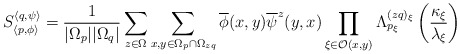
\begin{align*}S_{\left\langle p,\phi \right\rangle }^{\left\langle q,\psi \right\rangle }=\frac{1}{|\Omega _{p}||\Omega _{q}|}\sum _{z\in \Omega }\sum _{x,y\in \Omega _{p}\cap \Omega _{zq}}\overline{\phi }(x,y)\overline{\psi }^{z}(y,x)\prod _{\xi \in \mathcal{O}(x,y)}\Lambda _{p_{\xi }}^{(zq)_{\xi }}\left( \frac{\kappa _{\xi }}{\lambda _{\xi }}\right)\end{align*}